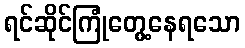
ရင်ဆိုင်ကြုံတွေ့နေရသော